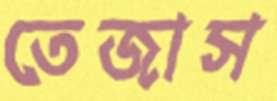
তেজাস